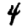
Digit: 4